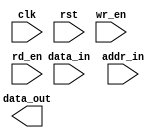
module ddr_sdram (
    input wire clk,
    input wire rst,
    input wire [7:0] data_in,
    input wire [11:0] addr_in,
    input wire wr_en,
    input wire rd_en,
    output wire [7:0] data_out
);

// Input buffers
reg [7:0] data_buf;
reg [11:0] addr_buf;

// Data and address registers
reg [7:0] data_reg;
reg [11:0] addr_reg;

// Control logic
reg [1:0] state;
parameter IDLE = 2'b00;
parameter PRECHARGE = 2'b01;
parameter ACTIVATE = 2'b10;
parameter READ_WRITE = 2'b11;

// State machine
always @ (posedge clk) begin
    if (rst) begin
        state <= IDLE;
    end else begin
        case (state)
            IDLE: begin
                if (wr_en) begin
                    state <= PRECHARGE;
                end else if (rd_en) begin
                    state <= ACTIVATE;
                end
            end
            PRECHARGE: begin
                // Implement precharge logic here
                state <= READ_WRITE;
            end
            ACTIVATE: begin
                // Implement activate logic here
                state <= READ_WRITE;
            end
            READ_WRITE: begin
                // Implement read/write logic here
                state <= IDLE;
            end
        endcase
    end
end

// Output buffers
assign data_out = data_reg;

endmodule